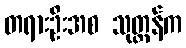
တရားဦးအစ သုတ္တန်က